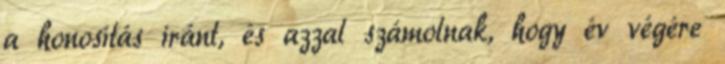
a honosítás iránt, és azzal számolnak, hogy év végére